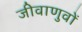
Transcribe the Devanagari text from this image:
जीवाणुवों